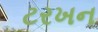
ટરખન